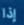
إذا